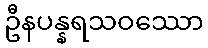
ဦနပန္နရသဝဿော